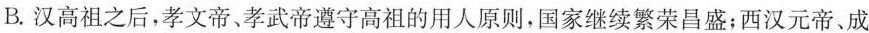
B.汉高祖之后，孝文帝、孝武帝遵守高祖的用人原则，国家继续繁荣昌盛：西汉元帝，成